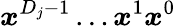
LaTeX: \boldsymbol{x}^{D_{j}-1}\ldots\boldsymbol{x}^{1}\boldsymbol{x}^{0}